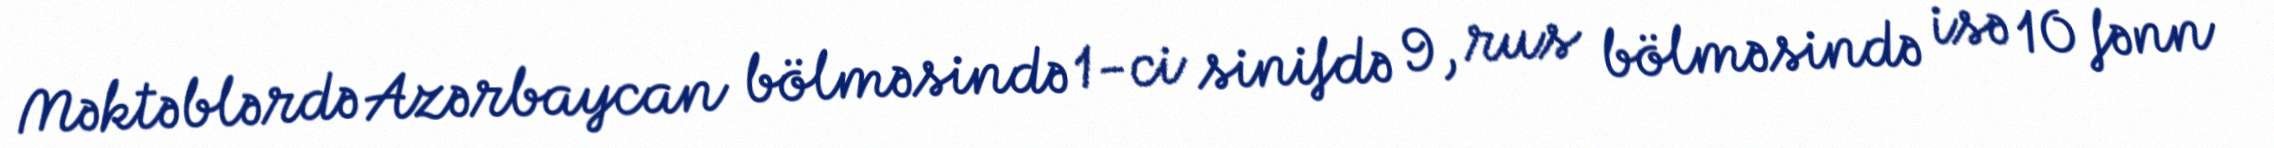
Məktəblərdə Azərbaycan bölməsində 1-ci sinifdə 9, rus bölməsində isə 10 fənn